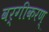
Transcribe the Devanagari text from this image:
वर्गीकरण्